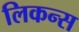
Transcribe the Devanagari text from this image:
लिकन्स